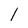
Character: l